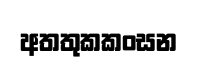
අතතුකකංසන